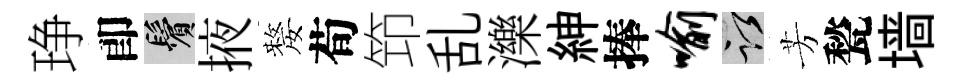
琤卽鬢掖嫠荀笻乱濼紳捧喻謹芳甃墙